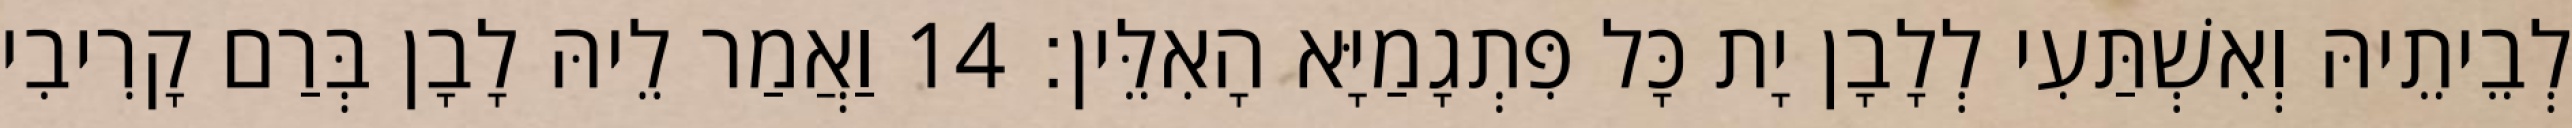
לְבֵיתֵיהּ וְאִשְׁתַּעִי לְלָבָן יָת כָּל פִּתְגָמַיָּא הָאִלֵּין׃ 14 וַאֲמַר לֵיהּ לָבָן בְּרַם קָרִיבִי